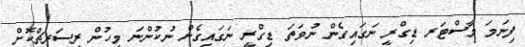
ފިނަމަ މާސްޓަރ ޑިގްރީ ނަގައިގެން ނުވަތަ ޑިގްރީ ނަގައިގެން ނުކުންނަ މީހުން ރިސަރޗްކޮށް